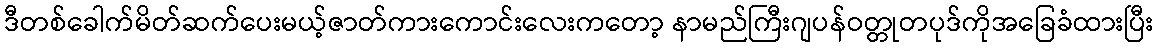
ဒီတစ်ခေါက်မိတ်ဆက်ပေးမယ့်ဇာတ်ကားကောင်းလေးကတော့ နာမည်ကြီးဂျပန်ဝတ္တုတပုဒ်ကိုအခြေခံထားပြီး